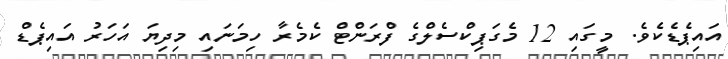
އައިޕެޑެކެވެ. މީގައި 12 މެގަޕިކްސެލްގެ ފްރަންޓް ކެމެރާ ހިމަނައި މިދިޔަ އަހަރު އައިޕެޑް